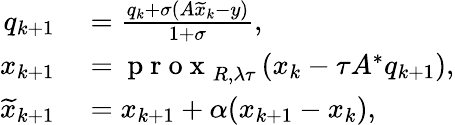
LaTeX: \begin{array}{rl}{q_{k+1}}&{{}=\frac{q_{k}+\sigma(A\widetilde{x}_{k}-y)}{1+\sigma},}\\ {x_{k+1}}&{{}=\mathrm{~p~r~o~x~}_{R,\lambda\tau}\left(x_{k}-\tau A^{*}q_{k+1}\right),}\\ {\widetilde{x}_{k+1}}&{{}=x_{k+1}+\alpha(x_{k+1}-x_{k}),}\end{array}